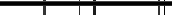
٥٤